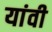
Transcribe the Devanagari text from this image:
यांवी